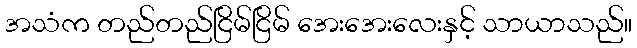
အသံက တည်တည်ငြိမ်ငြိမ် အေးအေးလေးနှင့် သာယာသည်။